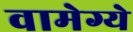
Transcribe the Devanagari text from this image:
वामेग्ये